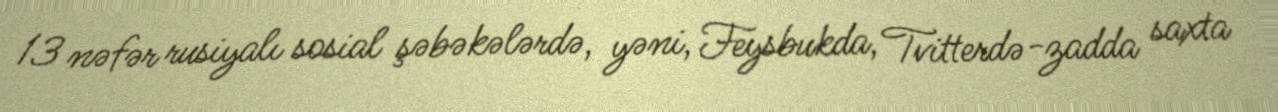
13 nəfər rusiyalı sosial şəbəkələrdə, yəni, Feysbukda, Tvitterdə-zadda saxta